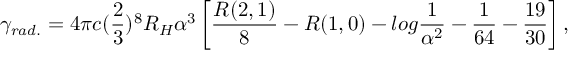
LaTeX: \gamma _ { r a d . } = 4 \pi c ( \frac { 2 } { 3 } ) ^ { 8 } R _ { H } \alpha ^ { 3 } \left[ \frac { R ( 2 , 1 ) } { 8 } - R ( 1 , 0 ) - l o g \frac { 1 } { \alpha ^ { 2 } } - \frac { 1 } { 6 4 } - \frac { 1 9 } { 3 0 } \right] ,